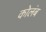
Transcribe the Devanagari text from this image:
कोलंब